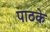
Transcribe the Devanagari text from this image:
पाठके